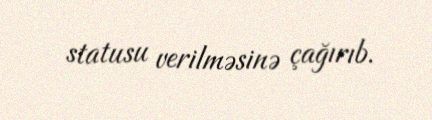
statusu verilməsinə çağırıb.